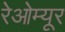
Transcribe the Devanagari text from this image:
रेओम्यूर